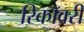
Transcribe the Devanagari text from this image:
रिकॉवरी